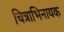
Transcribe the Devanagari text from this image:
चित्राभिनायक